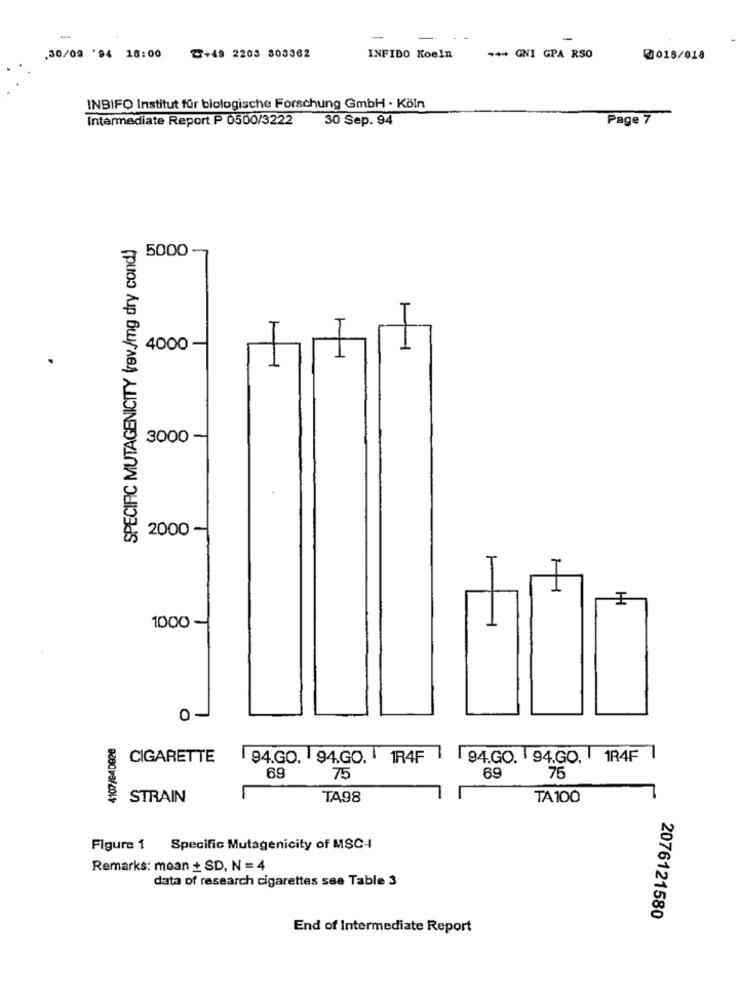
.30/09 '94 16:00
Z+49 2203 803362
INFIDO Koeln
*** GNI GPA RSO
@018/018
INSIFO Institut für biologische Forschung GmbH . Köln
Intermediate Report P 0500/3222
30 Sep. 94
Page 7
SPECIFIC MUTAGENICITY (rev./mg dry cond)
5000
4000 -
1
3000 -
2000 -
1000 -
0
CIGARETTE
94.GO. 94.GO. 1R4F
94.GO. 94.GO. 1R4F 1
69
75
69
75
STRAIN
TA98
TA100
Figure 1 Specific Mutagenicity of MSC-I
Remarks: moan + SD, N = 4
data of research cigarettes see Table 3
2076121580
End of Intermediate Report